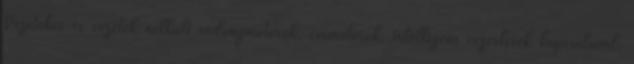
Vezetékes és vezeték nélküli redőnymotorok, csőmotorok, intelligens vezérlések kapcsolóval,